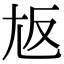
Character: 𡯘